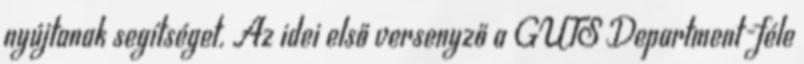
nyújtanak segítséget. Az idei első versenyző a GUTS Department-féle